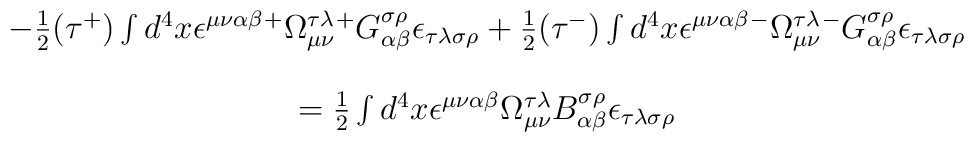
\begin{array}{c}-\frac 12(\tau ^{+})\int d^4x\epsilon ^{\mu \nu \alpha \beta }{}^{+}\Omega_{\mu \nu }^{\tau \lambda }{}^{+}G_{\alpha \beta }^{\sigma \rho }{}\epsilon_{\tau \lambda \sigma \rho }+\frac 12(\tau ^{-})\int d^4x\epsilon ^{\mu \nu\alpha \beta }{}^{-}\Omega _{\mu \nu }^{\tau \lambda }{}^{-}G_{\alpha \beta}^{\sigma \rho }{}\epsilon _{\tau \lambda \sigma \rho } \\ \\ =\frac 12\int d^4x\epsilon ^{\mu \nu \alpha \beta }{}\Omega _{\mu \nu}^{\tau \lambda }{}B_{\alpha \beta }^{\sigma \rho }{}\epsilon _{\tau \lambda\sigma \rho }\end{array}